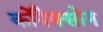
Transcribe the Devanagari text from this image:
कोपैक्सोन